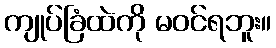
ကျုပ်ခြံထဲကို မဝင်ရဘူး။